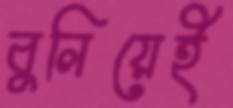
বুলিয়েই